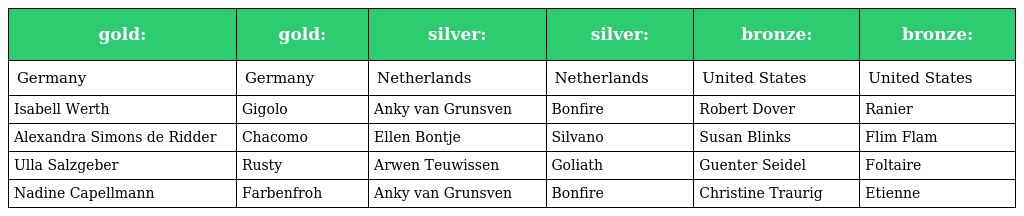
| gold: | gold: | silver: | silver: | bronze: | bronze: |
 | --- | --- | --- | --- | --- | --- |
 | Germany | Germany | Netherlands | Netherlands | United States | United States |
 | Isabell Werth | Gigolo | Anky van Grunsven | Bonfire | Robert Dover | Ranier |
 | Alexandra Simons de Ridder | Chacomo | Ellen Bontje | Silvano | Susan Blinks | Flim Flam |
 | Ulla Salzgeber | Rusty | Arwen Teuwissen | Goliath | Guenter Seidel | Foltaire |
 | Nadine Capellmann | Farbenfroh | Anky van Grunsven | Bonfire | Christine Traurig | Etienne |